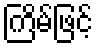
ကြိမ်ဖြင့်